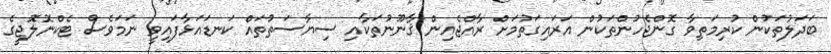
ބަދަލުތަކުން ކުރިމަތިވާ ގޮންޖެހުންތަކުން އަރައިގަތުމަށް ރާއްޖެއިން ޤާނޫނުތަކާއި ސިޔާސަތުތައް ކަނޑައަޅާފައިވީ ނަމަވެސް ޓެކްނޮލޮޖީގެ